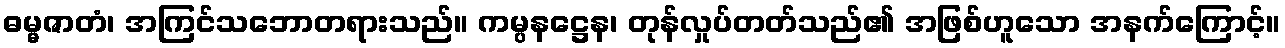
ဓမ္မဇာတံ၊ အကြင်သဘောတရားသည်။ ကမ္ပနဋ္ဌေန၊ တုန်လှုပ်တတ်သည်၏ အဖြစ်ဟူသော အနက်ကြောင့်။